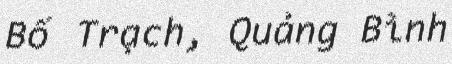
Bố Trạch, Quảng Bình